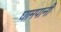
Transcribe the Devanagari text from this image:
घामपानी